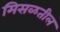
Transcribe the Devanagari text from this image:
मिसळतील